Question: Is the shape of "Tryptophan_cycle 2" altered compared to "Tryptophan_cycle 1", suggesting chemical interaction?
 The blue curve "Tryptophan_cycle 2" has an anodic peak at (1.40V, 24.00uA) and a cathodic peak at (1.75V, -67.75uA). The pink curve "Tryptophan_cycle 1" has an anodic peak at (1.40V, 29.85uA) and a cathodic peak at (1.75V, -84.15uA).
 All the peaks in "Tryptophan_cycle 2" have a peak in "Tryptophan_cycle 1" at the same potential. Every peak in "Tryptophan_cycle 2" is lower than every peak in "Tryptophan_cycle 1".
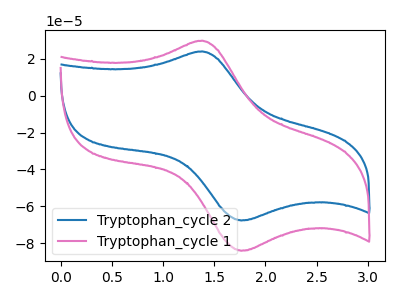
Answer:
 <answer>No, "Tryptophan_cycle 2" and "Tryptophan_cycle 1" don't appear to be significantly different in shape</answer>
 <eval>no_change</eval>